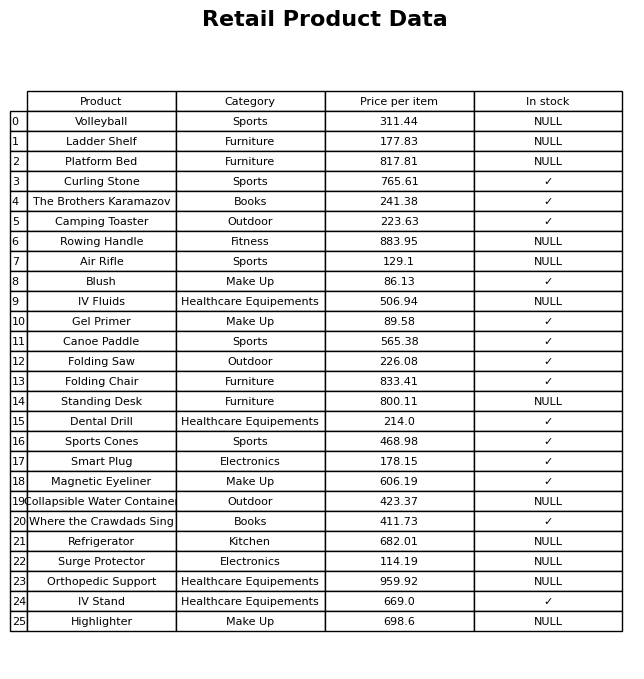
question: Is the Magnetic Eyeliner in stock?
answer: ✓